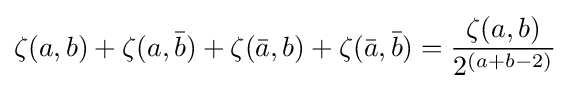
\zeta (a,b)+\zeta (a,{\bar {b}})+\zeta ({\bar {a}},b)+\zeta ({\bar {a}},{\bar {b}})={\frac {\zeta (a,b)}{2^{(a+b-2)}}}